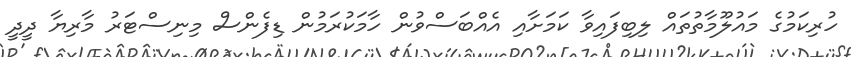
ހުރިކަމުގެ މައުލޫމާތުތައް ލިބިފައިވާ ކަމަށާއި އެއްބަސްވުން ހާމަކުރަމުން ޑިފެންސް މިނިސްޓަރު މާރިޔާ ދީދީ